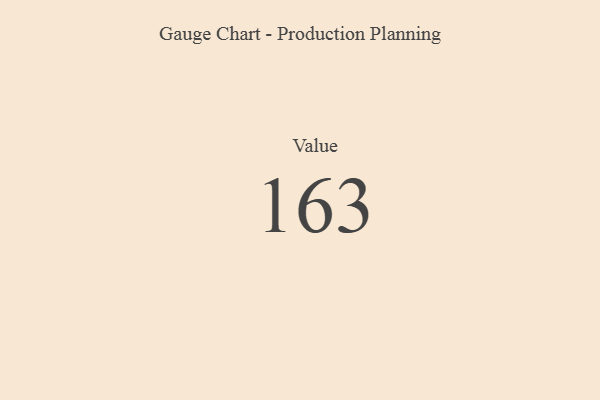
{"axis": {"x": "Metric", "y": "Value"}, "legend": [""], "data": [{"x": "Value", "y": 163, "type": ""}]}